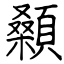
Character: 顙